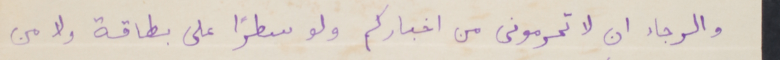
والرجاء ان لا تحرمونى من اخباركم ولو سطراً على بطاقة ولا من